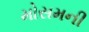
મોસમની